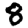
Digit: 8